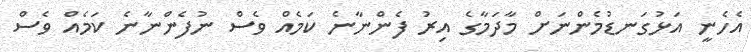
އެހެނީ އަޅުގަނޑުމެންނަށް މާދަމާގެ އިރު ފެންނާނެ ކަމެއް ވެސް ނުފެންނާނެ ކަމެއް ވެސް